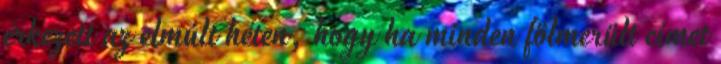
érkezett az elmúlt héten, hogy ha minden fölmerült címet